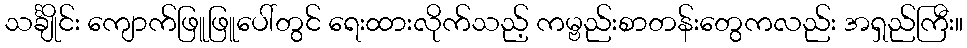
သင်္ချိုင်း ကျောက်ဖြူဖြူပေါ်တွင် ရေးထားလိုက်သည့် ကမ္ဗည်းစာတန်းတွေကလည်း အရှည်ကြီး။